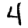
Digit: 4